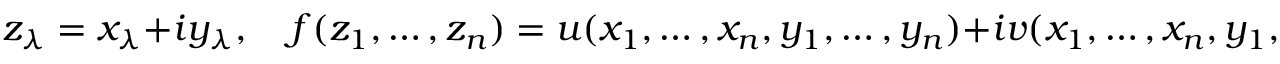
z _ { \lambda } = x _ { \lambda } + i y _ { \lambda } , \quad f ( z _ { 1 } , \dots , z _ { n } ) = u ( x _ { 1 } , \dots , x _ { n } , y _ { 1 } , \dots , y _ { n } ) + i v ( x _ { 1 } , \dots , x _ { n } , y _ { 1 } , \dots y _ { n } ) ,